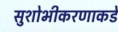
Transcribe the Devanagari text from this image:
सुशोभीकरणाकडे